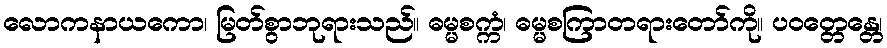
လောကနာယကော၊ မြတ်စွာဘုရားသည်။ ဓမ္မစက္ကံ၊ ဓမ္မစကြာတရားတော်ကို။ ပဝတ္တေန္တေ၊